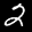
Label: 2